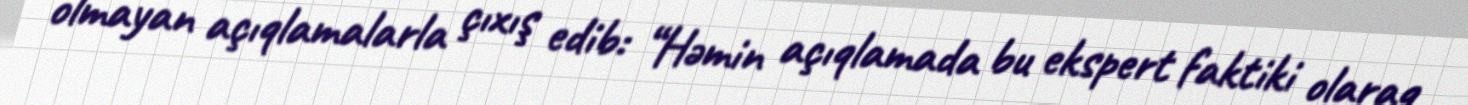
olmayan açıqlamalarla çıxış edib: “Həmin açıqlamada bu ekspert faktiki olaraq